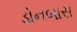
ડોનબાસ